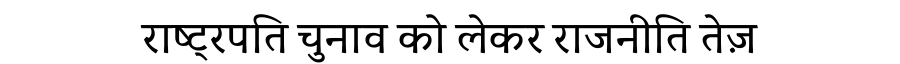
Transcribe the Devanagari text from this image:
राष्ट्रपति चुनाव को लेकर राजनीति तेज़